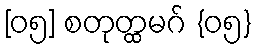
[၀၅] စတုတ္ထမဂ် {၀၅}